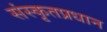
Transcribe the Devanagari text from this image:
संस्कृतप्रधान